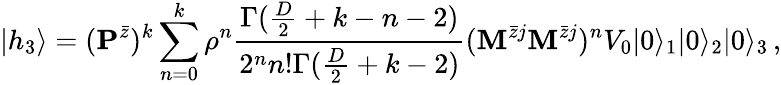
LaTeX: |h_{3}\rangle=({\mathbf P}^{\bar{z}})^{k}\sum_{n=0}^{k}\rho^{n}\frac{\Gamma(\frac{D}{2}+k-n-2)}{2^{n}n!\Gamma(\frac{D}{2}+k-2)}({\mathbf M}^{\bar{z}j}{\mathbf M}^{\bar{z}j})^{n}V_{0}|0\rangle_{1}|0\rangle_{2}|0\rangle_{3}\, ,